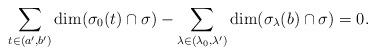
LaTeX: \begin{align*}\sum_{t \in (a',b')} \dim(\sigma_0(t) \cap \sigma) - \sum_{\lambda \in (\lambda_0, \lambda')} \dim(\sigma_{\lambda}(b) \cap \sigma) = 0.\end{align*}